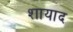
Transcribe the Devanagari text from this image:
शायाद